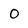
Character: o